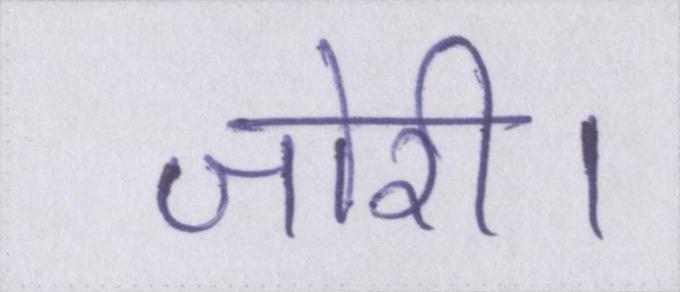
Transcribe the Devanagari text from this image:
जोरी।